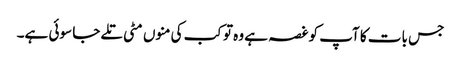
جس بات کا آپ کو غصہ ہے وہ تو کب کی منوں مٹی تلے جا سوئی ہے۔